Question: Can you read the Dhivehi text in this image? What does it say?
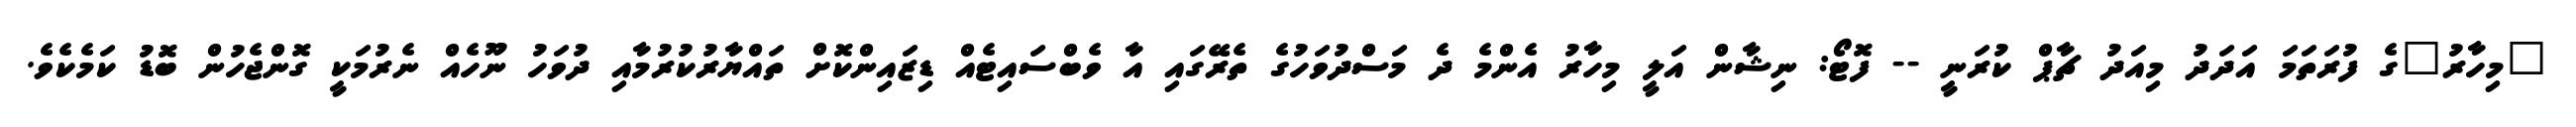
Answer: "މިހާރު"ގެ ފުރަތަމަ އަދަދު މިއަދު ޗާޕް ކުރަނީ -- ފޮޓޯ: ނިޝާން އަލީ މިހާރު އެންމެ ދެ މަސްދުވަހުގެ ތެރޭގައި އާ ވެބްސައިޓެއް ޑިޒައިންކޮށް ތައްޔާރުކުރުމާއި ދުވަހު ނޫހެއް ނެރުމަކީ ގޮންޖެހުން ބޮޑު ކަމެކެވެ.